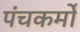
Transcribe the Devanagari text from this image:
पंचकर्मों